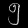
Digit: ၅